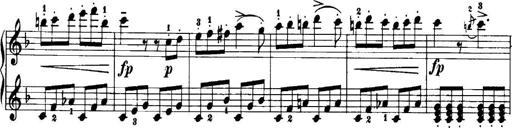
Title: 7 Sonatinas
Composer: Anton Diabelli